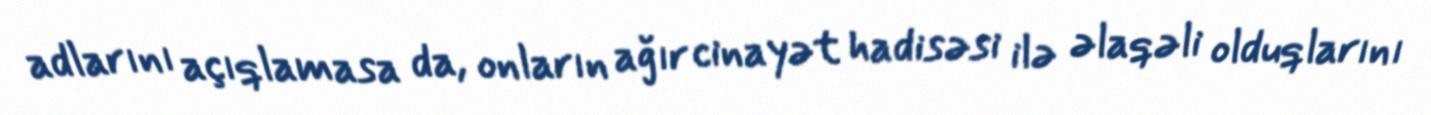
adlarını açıqlamasa da, onların ağır cinayət hadisəsi ilə əlaqəli olduqlarını